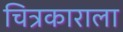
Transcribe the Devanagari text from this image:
चित्रकाराला